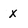
Character: x